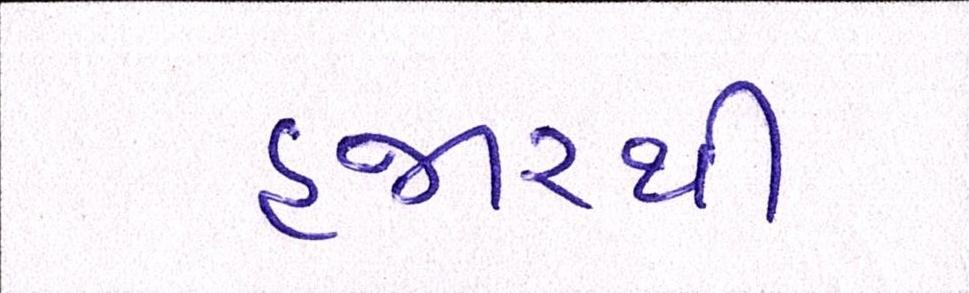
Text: હજારથી